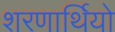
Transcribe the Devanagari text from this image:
शरणार्थियो